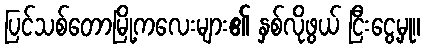
ပြင်သစ်တောမြို့ကလေးများ၏ နှစ်လိုဖွယ် ငြီးငွေ့မှု။